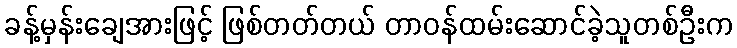
ခန့်မှန်းချေအားဖြင့် ဖြစ်တတ်တယ် တာဝန်ထမ်းဆောင်ခဲ့သူတစ်ဦးက